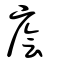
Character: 廥